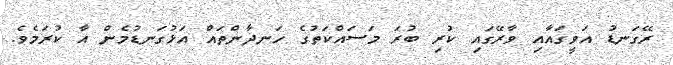
ރޭގަނޑު އަވީގައާއި ވާރޭގައި ކުރި ބުރަ މަސައްކަތުގެ ހަނދާންތައް އަޅުގަނޑުމެން އާ ކުރަމެވެ.